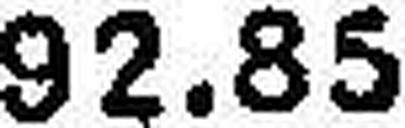
92.85